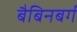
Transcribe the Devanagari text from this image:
बैबिनबर्ग